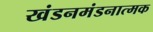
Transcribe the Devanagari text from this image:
खंडनमंडनात्मक